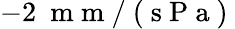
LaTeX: -2~\mathrm{~m~m~}/\mathrm{~(~s~P~a~)~}